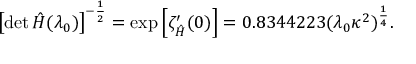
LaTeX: \left[ \operatorname * { d e t } \hat { H } ( \lambda _ { 0 } ) \right] ^ { - \frac { 1 } { 2 } } = \mathrm { e x p } \left[ \zeta _ { \hat { H } } ^ { \prime } ( 0 ) \right] = 0 . 8 3 4 4 2 2 3 ( \lambda _ { 0 } \kappa ^ { 2 } ) ^ { \frac { 1 } { 4 } } .